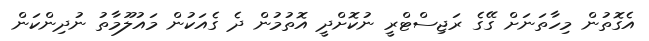
އެގޮތުން މިހާތަނަށް ގޭގެ ރަޖިސްޓްރީ ނުކޮށްދީ އޮތުމުން ދެ ގެއަކުން މައުލޫމާތު ނުދިންކަން